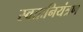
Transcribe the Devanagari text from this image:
स्वतःनियंत्रण